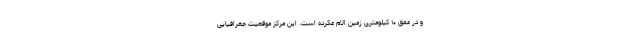
و در عمق ۱۰ کیلومتری زمین الام عکرده است. این مرکز موقعیت جغرافیایی